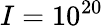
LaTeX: I=10^{20}